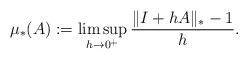
LaTeX: \begin{align*}\mu_*(A):=\limsup_{h \to 0^+} \frac{ \|I+hA\|_*-1}h.\end{align*}